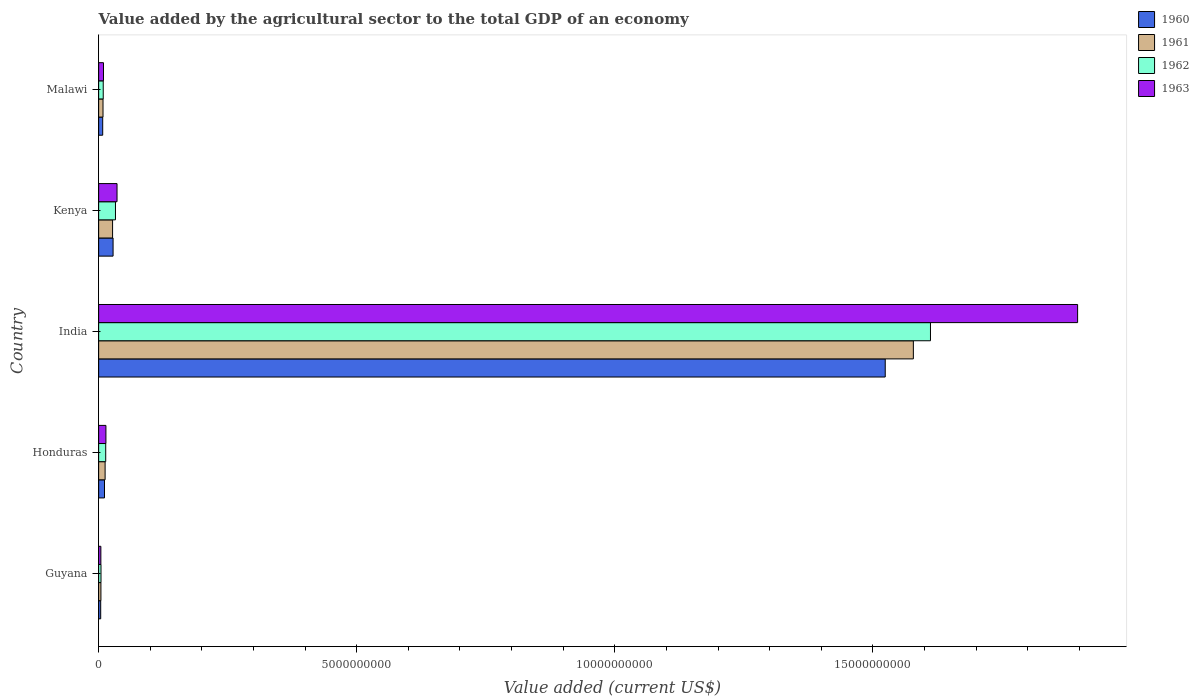
| Country | 1960 | 1961 | 1962 | 1963 |
 | --- | --- | --- | --- | --- |
 | Guyana | 4.01e+07 | 4.43e+07 | 4.57e+07 | 4.3e+07 |
 | Honduras | 1.14e+08 | 1.26e+08 | 1.37e+08 | 1.41e+08 |
 | India | 1.52e+10 | 1.58e+10 | 1.61e+10 | 1.9e+10 |
 | Kenya | 2.8e+08 | 2.7e+08 | 3.26e+08 | 3.56e+08 |
 | Malawi | 7.88e+07 | 8.48e+07 | 8.9e+07 | 9.39e+07 |